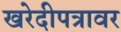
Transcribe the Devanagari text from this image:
खरेदीपत्रावर